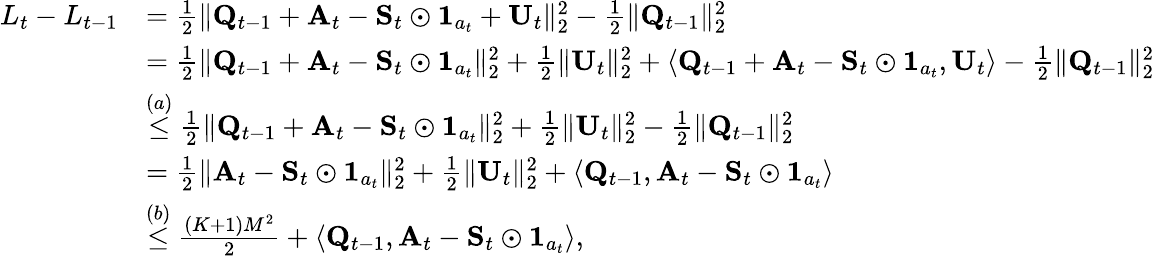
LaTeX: \begin{array}{rl}{L_{t}-L_{t-1}}&{=\frac 12\lVert\mathbf Q_{t-1}+\mathbf A_{t}-\mathbf S_{t}\odot\mathbf 1_{a_{t}}+\mathbf U_{t}\rVert_{2}^{2}-\frac 12\lVert\mathbf Q_{t-1}\rVert_{2}^{2}}\\ &{=\frac 12\lVert\mathbf Q_{t-1}+\mathbf A_{t}-\mathbf S_{t}\odot\mathbf 1_{a_{t}}\rVert_{2}^{2}+\frac 12\lVert\mathbf U_{t}\rVert_{2}^{2}+\langle\mathbf Q_{t-1}+\mathbf A_{t}-\mathbf S_{t}\odot\mathbf 1_{a_{t}},\mathbf U_{t}\rangle-\frac 12\lVert\mathbf Q_{t-1}\rVert_{2}^{2}}\\ &{\stackrel{(a)}\le\frac 12\lVert\mathbf Q_{t-1}+\mathbf A_{t}-\mathbf S_{t}\odot\mathbf 1_{a_{t}}\rVert_{2}^{2}+\frac 12\lVert\mathbf U_{t}\rVert_{2}^{2}-\frac 12\lVert\mathbf Q_{t-1}\rVert_{2}^{2}}\\ &{=\frac 12\lVert\mathbf A_{t}-\mathbf S_{t}\odot\mathbf 1_{a_{t}}\rVert_{2}^{2}+\frac 12\lVert\mathbf U_{t}\rVert_{2}^{2}+\langle\mathbf Q_{t-1},\mathbf A_{t}-\mathbf S_{t}\odot\mathbf 1_{a_{t}}\rangle}\\ &{\stackrel{(b)}\le\frac{(K+1)M^{2}}2+\langle\mathbf Q_{t-1},\mathbf A_{t}-\mathbf S_{t}\odot\mathbf 1_{a_{t}}\rangle,}\end{array}